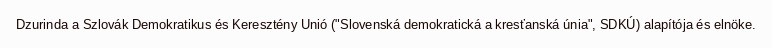
Dzurinda a Szlovák Demokratikus és Keresztény Unió ("Slovenská demokratická a kresťanská únia", SDKÚ) alapítója és elnöke.